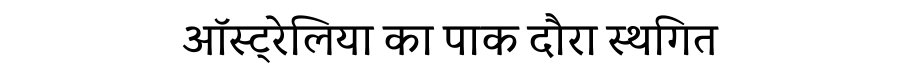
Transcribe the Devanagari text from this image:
ऑस्ट्रेलिया का पाक दौरा स्थगित